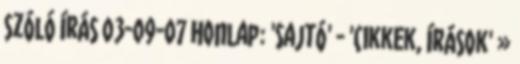
szóló írás 03-09-07 Honlap: 'Sajtó' - 'Cikkek, írások' »